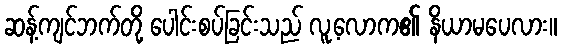
ဆန့်ကျင်ဘက်တို့ ပေါင်းစပ်ခြင်းသည် လူ့လောက၏ နိယာမပေလား။